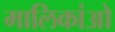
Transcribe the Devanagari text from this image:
मालिकांओ